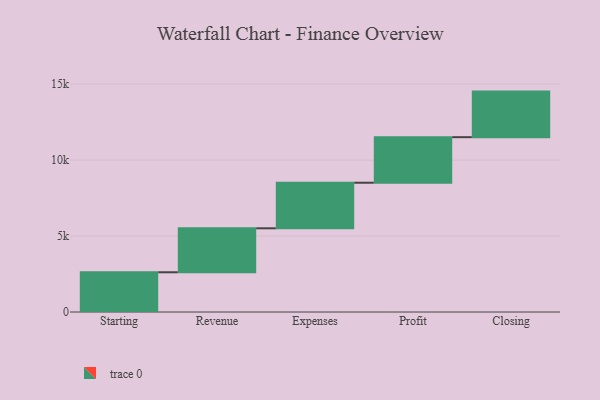
{"axis": {"x": "Step", "y": "Value"}, "legend": [""], "data": [{"x": "Starting", "y": 2616.0, "type": ""}, {"x": "Revenue", "y": 2895.0, "type": ""}, {"x": "Expenses", "y": 3000, "type": ""}, {"x": "Profit", "y": 3000, "type": ""}, {"x": "Closing", "y": 3000, "type": ""}]}